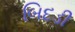
બિદડી